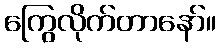
ကြွေလိုက်တာနော်။